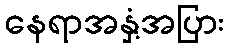
နေရာအနှံ့အပြား